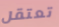
تعتقل